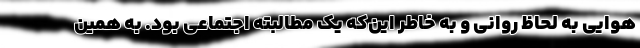
هوایی به لحاظ روانی و به خاطر این‌که یک مطالبته اجتماعی بود. به همین